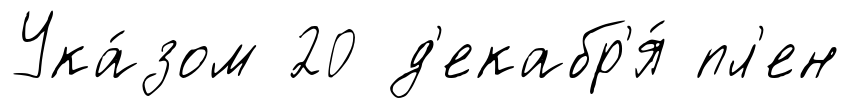
Ука́зом 20 д'екабр'я́ пл'ен